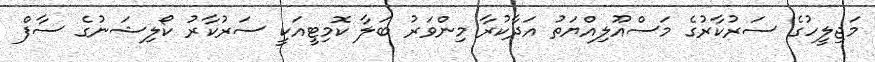
މަޖިލީހުގެ ސަރުކާރުގެ މަސްއޫލިއްޔަތު އަދާކުރާ މިންވަރު ބަލާ ކޮމިޓީއަކީ ސަރުކާރު ކޯލިޝަނުގެ ސާފް